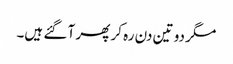
مگر دو تین دن رہ کر پھر آ گئے ہیں۔